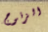
الزنوج